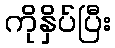
ကိုနှိပ်ပြီး